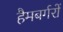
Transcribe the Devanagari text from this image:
हैमबर्गरों